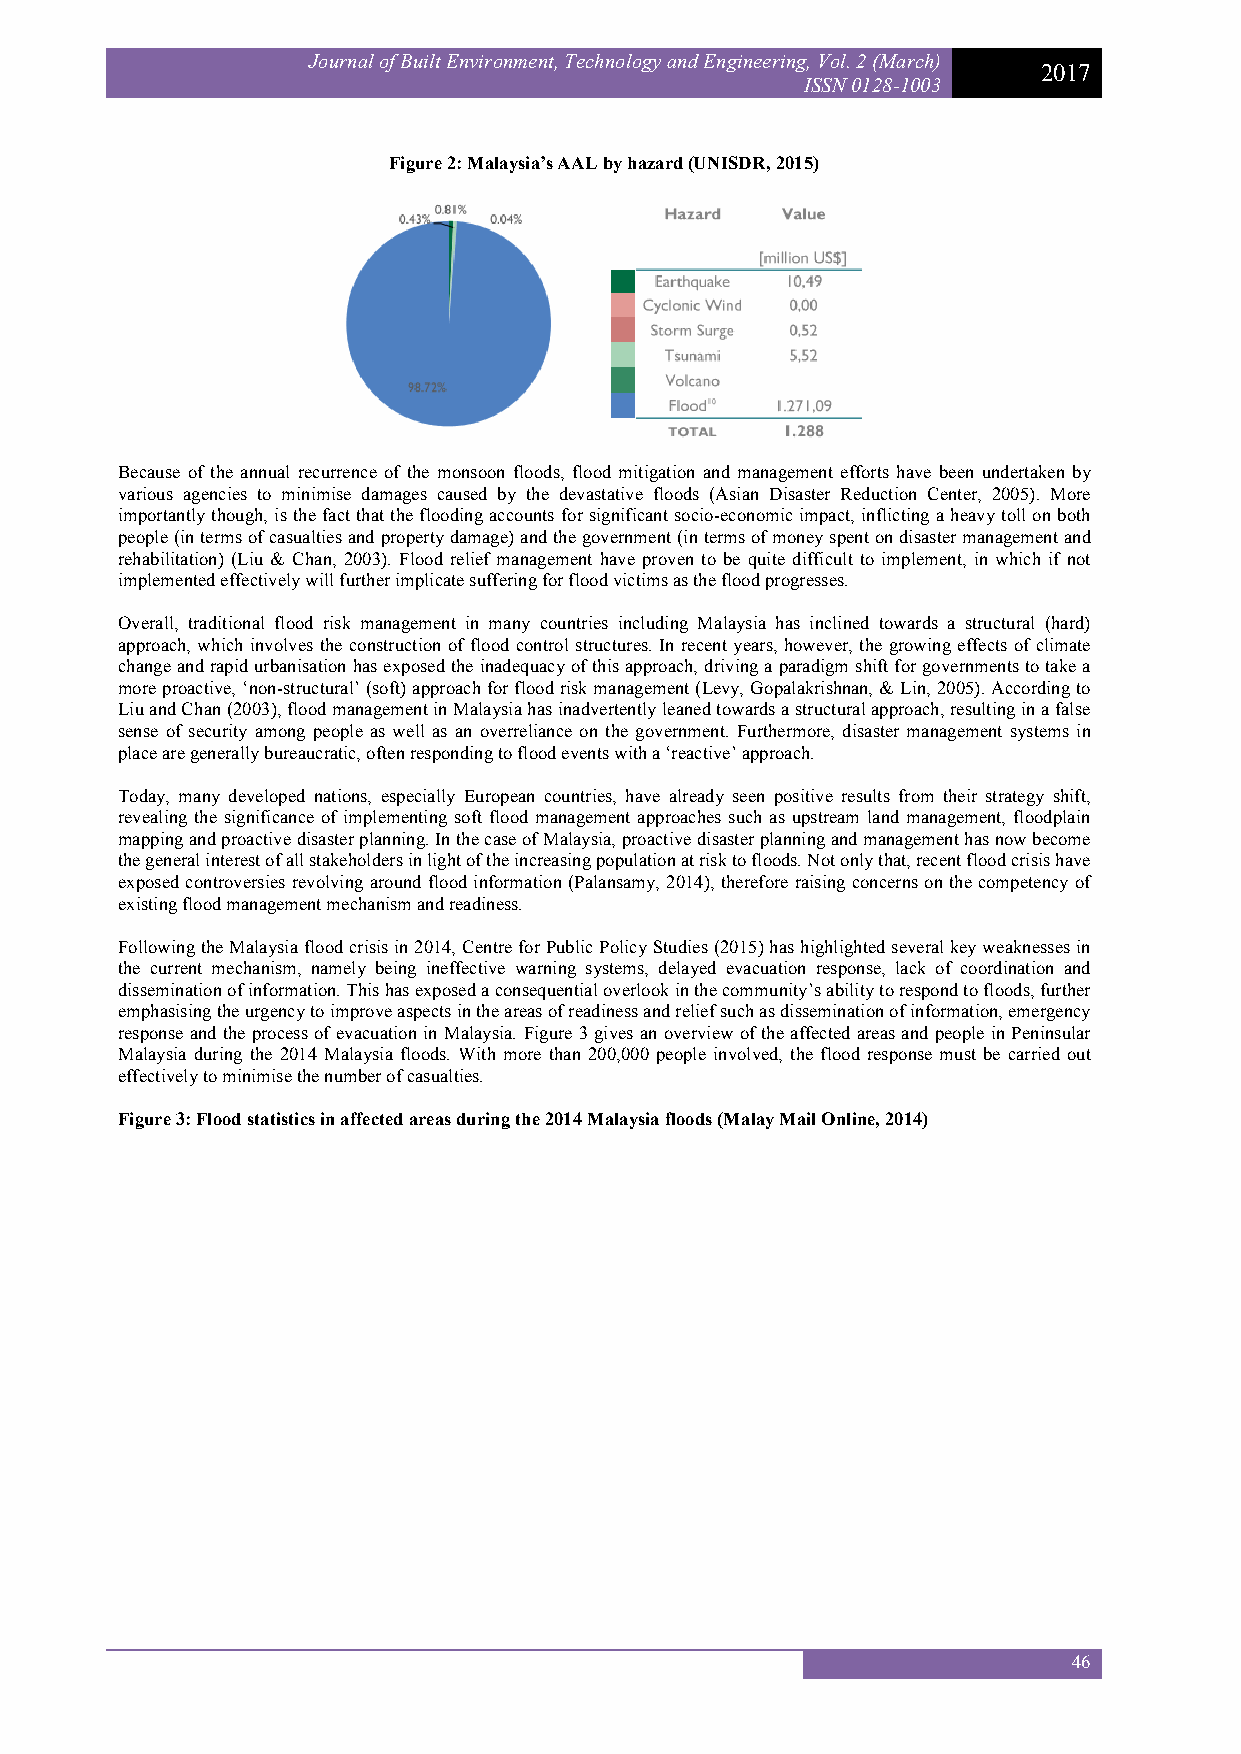
Journal of Built Environment, Technology and Engineering, Vol. 2 (March)
 2017
 ISSN 0128-1003
 Figure 2: Malaysia’s AAL by hazard (UNISDR, 2015)
 Because of the annual recurrence of the monsoon floods, flood mitigation and management efforts have been undertaken by
 various agencies to minimise damages caused by the devastative floods (Asian Disaster Reduction Center, 2005). More
 importantly though, is the fact that the flooding accounts for significant socio-economic impact, inflicting a heavy toll on both
 people (in terms of casualties and property damage) and the government (in terms of money spent on disaster management and
 rehabilitation) (Liu & Chan, 2003). Flood relief management have proven to be quite difficult to implement, in which if not
 implemented effectively will further implicate suffering for flood victims as the flood progresses.
 Overall, traditional flood risk management in many countries including Malaysia has inclined towards a structural (hard)
 approach, which involves the construction of flood control structures. In recent years, however, the growing effects of climate
 change and rapid urbanisation has exposed the inadequacy of this approach, driving a paradigm shift for governments to take a
 more proactive, ‘non-structural’ (soft) approach for flood risk management (Levy, Gopalakrishnan, & Lin, 2005). According to
 Liu and Chan (2003), flood management in Malaysia has inadvertently leaned towards a structural approach, resulting in a false
 sense of security among people as well as an overreliance on the government. Furthermore, disaster management systems in
 place are generally bureaucratic, often responding to flood events with a ‘reactive’ approach.
 Today, many developed nations, especially European countries, have already seen positive results from their strategy shift,
 revealing the significance of implementing soft flood management approaches such as upstream land management, floodplain
 mapping and proactive disaster planning. In the case of Malaysia, proactive disaster planning and management has now become
 the general interest of all stakeholders in light of the increasing population at risk to floods. Not only that, recent flood crisis have
 exposed controversies revolving around flood information (Palansamy, 2014), therefore raising concerns on the competency of
 existing flood management mechanism and readiness.
 Following the Malaysia flood crisis in 2014, Centre for Public Policy Studies (2015) has highlighted several key weaknesses in
 the current mechanism, namely being ineffective warning systems, delayed evacuation response, lack of coordination and
 dissemination of information. This has exposed a consequential overlook in the community’s ability to respond to floods, further
 emphasising the urgency to improve aspects in the areas of readiness and relief such as dissemination of information, emergency
 response and the process of evacuation in Malaysia. Figure 3 gives an overview of the affected areas and people in Peninsular
 Malaysia during the 2014 Malaysia floods. With more than 200,000 people involved, the flood response must be carried out
 effectively to minimise the number of casualties.
 Figure 3: Flood statistics in affected areas during the 2014 Malaysia floods (Malay Mail Online, 2014)
 46